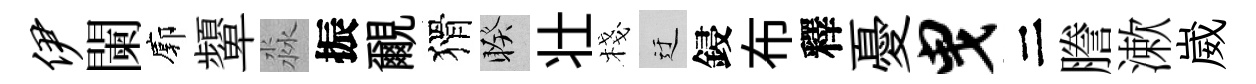
伊闌廓顰淼振覼猾睽壮棧迂鋟布釋憂曳二謄漱崴